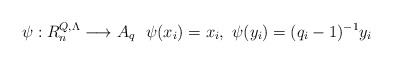
\begin{align*}\psi:R_n^{Q,\Lambda}\longrightarrow A_{q} \ \ \psi(x_i)=x_i,\ \psi(y_i)=(q_i-1)^{-1}y_i \end{align*}